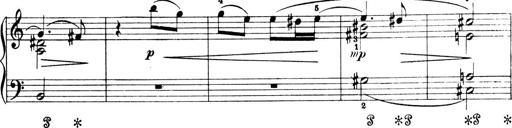
Title: 4 Sonatines
Composer: Max Reger